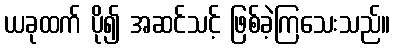
ယခုထက် ပို၍ အဆင်သင့် ဖြစ်ခဲ့ကြသေးသည်။